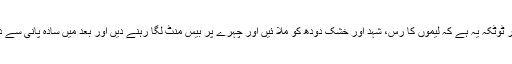
ایک اور ٹوٹکہ یہ ہے کہ لیموں کا رس، شہد اور خشک دودھ کو ملا ئیں اور چہرے پر بیس منٹ لگا رہنے دیں اور بعد میں سادہ پانی سے دھو لیں۔